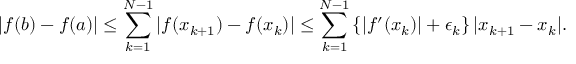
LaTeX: | f ( b ) - f ( a ) | \leq \sum _ { k = 1 } ^ { N - 1 } | f ( x _ { k + 1 } ) - f ( x _ { k } ) | \leq \sum _ { k = 1 } ^ { N - 1 } \left\{ | f ^ { \prime } ( x _ { k } ) | + \epsilon _ { k } \right\} | x _ { k + 1 } - x _ { k } | .